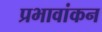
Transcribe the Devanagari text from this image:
प्रभावांकन